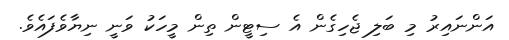
އަންނައިރު މި ބަލި ޖެހިގެން އެ ސިޓީން ތިން މީހަކު ވަނީ ނިޔާވެފައެވެ.